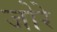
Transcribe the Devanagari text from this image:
जोरे